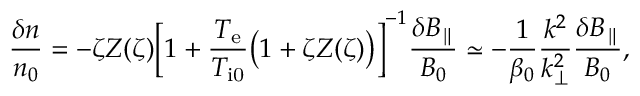
\frac { \delta n } { n _ { 0 } } = - \zeta Z ( \zeta ) \biggl [ 1 + \frac { T _ { \mathrm { e } } } { T _ { \mathrm { i 0 } } } \bigl ( 1 + \zeta Z ( \zeta ) \bigr ) \biggr ] ^ { - 1 } \frac { \delta B _ { \parallel } } { B _ { 0 } } \simeq - \frac { 1 } { \beta _ { 0 } } \frac { k ^ { 2 } } { k _ { \perp } ^ { 2 } } \frac { \delta B _ { \parallel } } { B _ { 0 } } ,